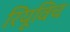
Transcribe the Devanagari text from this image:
रियूविच